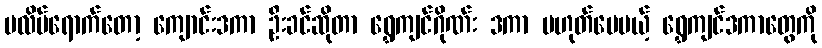
ပလိပ်ရောက်တော့ ကျောင်းဒကာ ဦးခင်ဆိုတာ ရွှေကျင်ဂိုဏ်း ဒကာ မဟုတ်ပေမယ့် ရွှေကျင်ဒကာတွေကို